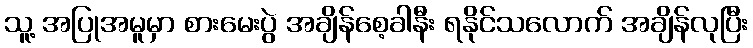
သူ့ အပြုအမူမှာ စားမေးပွဲ အချိန်စေ့ခါနီး ရနိုင်သလောက် အချိန်လုပြီး